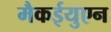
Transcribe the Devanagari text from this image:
मैकईयुएन